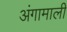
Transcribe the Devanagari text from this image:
अंगामाली